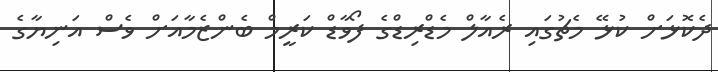
ދެކޮޅަށް ކުޅޭ މެޗުގައި ރެއާލް މެޑްރިޑްގެ ފޯވާޑް ކަރީމް ބެންޒެމާއަށް ވެސް އަނިޔާގެ